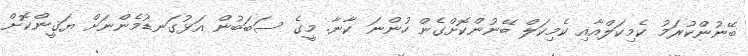
ބޭނުންކުރަމު ކެމިކަލްއާއި ކެމިކަލް ބޭނުންކޮށްގެން ހުންނަ ކާނާ. މީގެ ސަބަބުން އަޅުގަނޑުމެންނަށް ޔަޤީންކޮށް